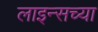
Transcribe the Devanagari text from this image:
लाइन्सच्या